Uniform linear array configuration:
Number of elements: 24
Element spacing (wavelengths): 0.75
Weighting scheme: exponential
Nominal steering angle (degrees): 15
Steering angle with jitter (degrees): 15.579
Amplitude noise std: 0.05
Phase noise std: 0.05

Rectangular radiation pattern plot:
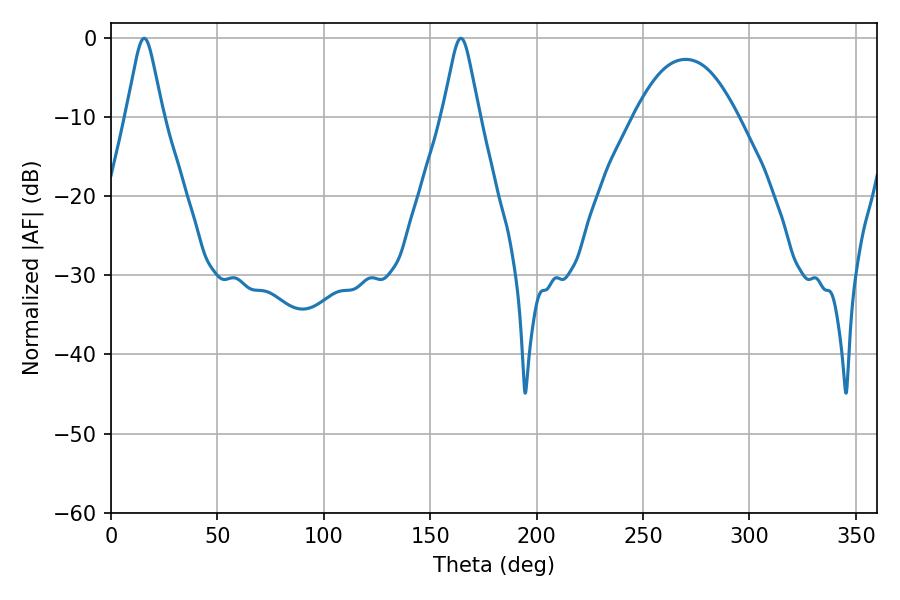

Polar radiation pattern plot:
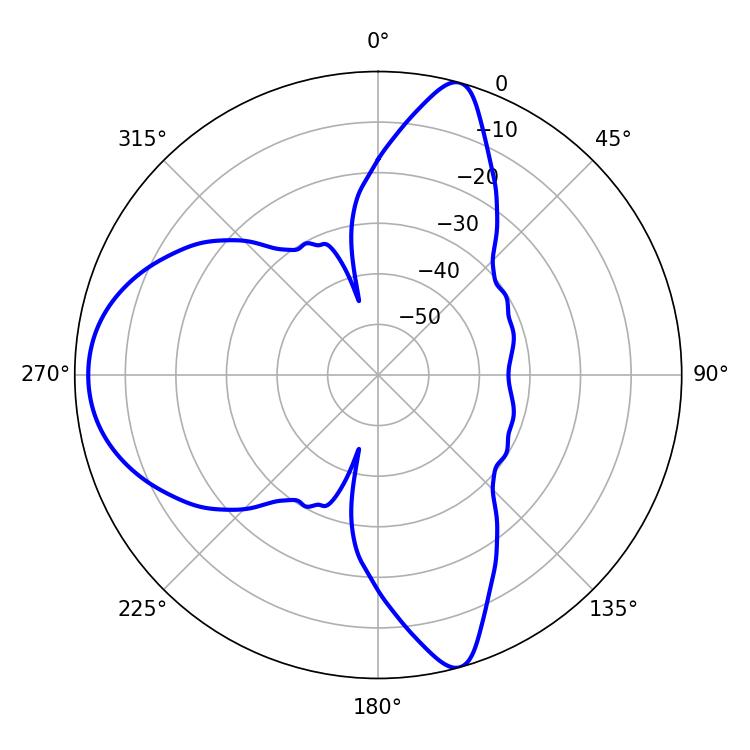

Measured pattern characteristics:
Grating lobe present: TRUE
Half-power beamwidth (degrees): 8.1
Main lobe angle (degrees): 15.66